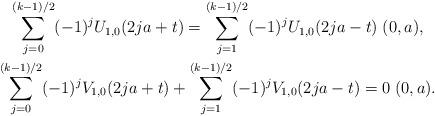
LaTeX: \begin{align*}\begin{gathered}\sum_{j=0}^{(k-1)/2}(-1)^{j}U_{1,0}(2ja+t)=\sum_{j=1}^{(k-1)/2}(-1)^{j}U_{1,0}(2ja-t)\;(0,a), \\\sum_{j=0}^{(k-1)/2}(-1)^{j}V_{1,0}(2ja+t)+\sum_{j=1}^{(k-1)/2}(-1)^{j}V_{1,0}(2ja-t)=0\;(0,a).\end{gathered}\end{align*}